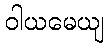
ဝါယမေယျ